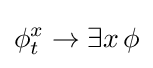
\phi _{t}^{x}\to \exists x\,\phi